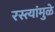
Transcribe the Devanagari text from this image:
रस्त्यांमुळे